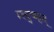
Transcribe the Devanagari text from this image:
म्ल्द्च्म्ल्द्